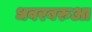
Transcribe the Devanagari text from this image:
धवरबरुआ